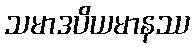
သမာဒပိယမာနဿ